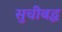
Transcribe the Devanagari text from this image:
सुचीबद्ध